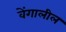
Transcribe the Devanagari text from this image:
वेंगालील